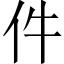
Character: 件